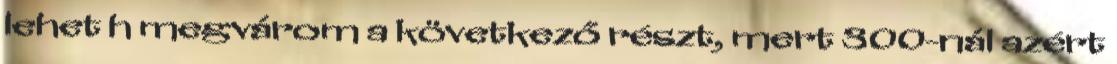
lehet h megvárom a következő részt, mert 300-nál azért